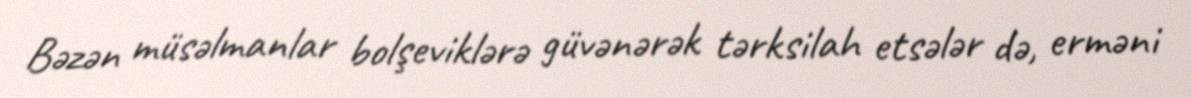
Bəzən müsəlmanlar bolşeviklərə güvənərək tərksilah etsələr də, erməni